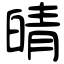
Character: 皘